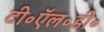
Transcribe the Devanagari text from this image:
टी॰ऍल॰डी॰